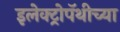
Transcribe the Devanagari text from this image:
इलेक्ट्रोपॅथीच्या